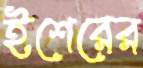
ইশেরের